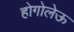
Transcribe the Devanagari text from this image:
होगोलेऊ